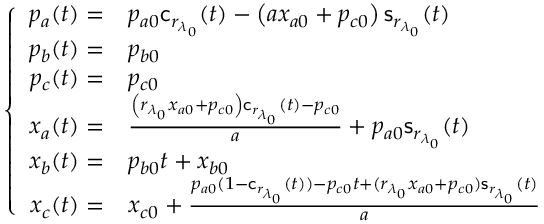
\left\{ \begin{array} { r l } { p _ { a } ( t ) = } & { p _ { a 0 } \mathsf { c } _ { r _ { \lambda _ { 0 } } } ( t ) - \left( a x _ { a 0 } + p _ { c 0 } \right) \mathsf { s } _ { r _ { \lambda _ { 0 } } } ( t ) } \\ { p _ { b } ( t ) = } & { p _ { b 0 } } \\ { p _ { c } ( t ) = } & { p _ { c 0 } } \\ { x _ { a } ( t ) = } & { \frac { \left( { r _ { \lambda _ { 0 } } } x _ { a 0 } + p _ { c 0 } \right) \mathsf { c } _ { r _ { \lambda _ { 0 } } } ( t ) - p _ { c 0 } } { a } + p _ { a 0 } \mathsf { s } _ { r _ { \lambda _ { 0 } } } ( t ) } \\ { x _ { b } ( t ) = } & { p _ { b 0 } t + x _ { b 0 } } \\ { x _ { c } ( t ) = } & { x _ { c 0 } + \frac { p _ { a 0 } ( 1 - \mathsf { c } _ { r _ { \lambda _ { 0 } } } ( t ) ) - p _ { c 0 } t + ( { r _ { \lambda _ { 0 } } } x _ { a 0 } + p _ { c 0 } ) \mathsf { s } _ { r _ { \lambda _ { 0 } } } ( t ) } { a } } \end{array} \right.